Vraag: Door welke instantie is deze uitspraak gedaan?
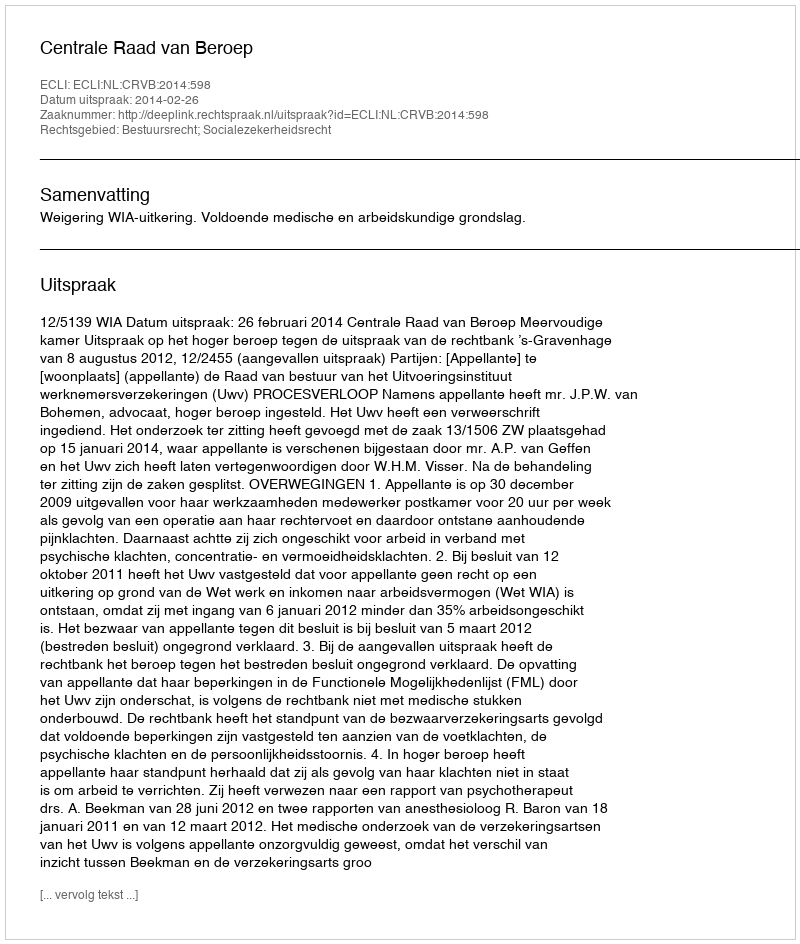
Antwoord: Centrale Raad van Beroep